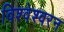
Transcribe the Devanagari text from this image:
विश्वेश्वरन